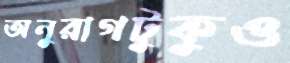
অনুরাগটুকুও